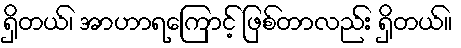
ရှိတယ်၊ အာဟာရကြောင့် ဖြစ်တာလည်း ရှိတယ်။